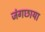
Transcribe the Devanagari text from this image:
जंगछाया